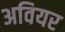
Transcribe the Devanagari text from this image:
अवियर